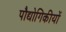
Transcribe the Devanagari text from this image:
पौद्योगिकीयों